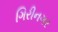
ગિરીનગર